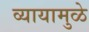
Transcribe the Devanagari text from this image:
व्यायामुळे